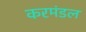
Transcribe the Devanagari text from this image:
करमंडल